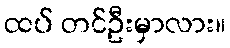
ထပ် တင်ဦးမှာလား။